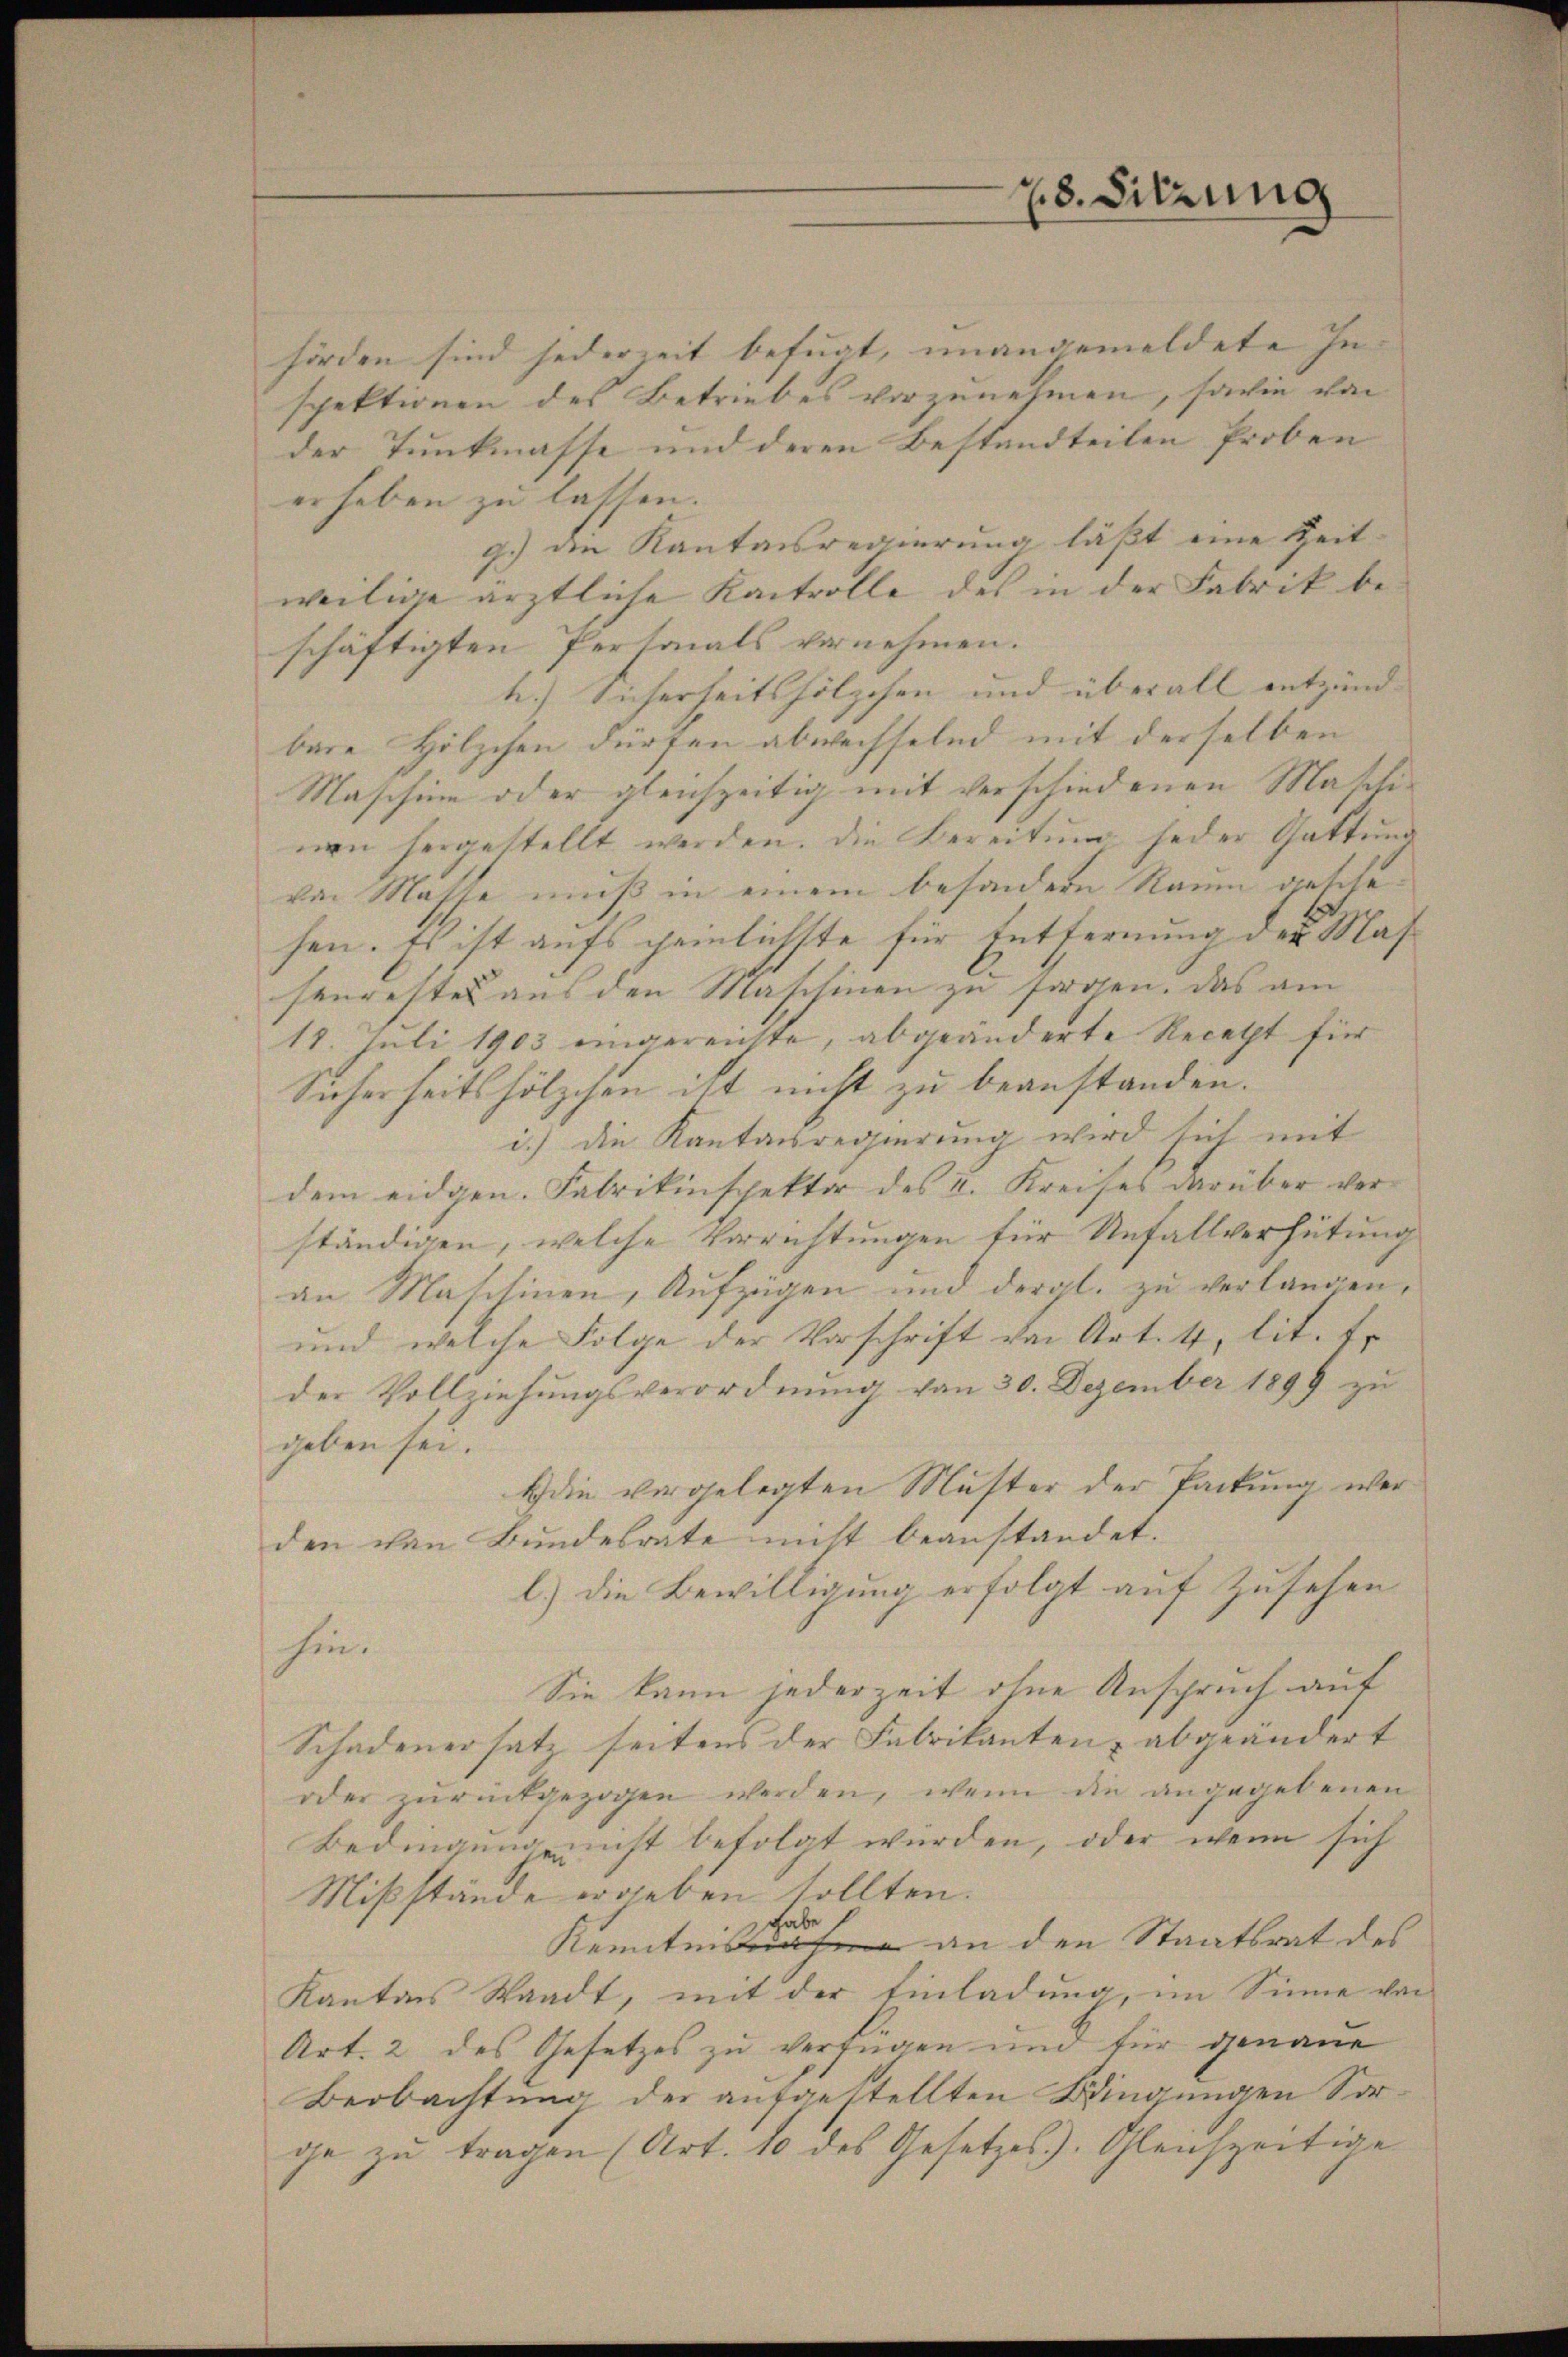
hörden sind jederzeit befugt, unangemeldete In- |
spektionen des Betriebes vorzunehmen, sowie von
der Tunkmasse und deren Bestandteiten Proben
erheben zu lassen.
g.) an Kantonsregierung läßt eine Zeit-
weilige ärztliche Kontrolle des in der Fabrik be-
schäftigten Personals vornehmen.
h.) Sicherheitshölzchen und überall entzünd-
bare Holzchen dürfen abwechselnd mit derselben
Maschine oder gleichzeitig mit verschiedenen Masili-
nen hergestellt werden. Die Bereitung jeder Gattung
von Masse muß in einem besondern Raum gesche
hen. Es ist aufs peinlichste für Entfernung der Massenrestes aus den Maschinen zu sorgen. Das am
18. Juli 1903 eingereichte, abgeänderte Recetht für
Sicherheitshölzchen ist nicht zu beanstanden.
i.) die Kantonsregierung wird sich mit
dem eidgen. Fabrikinspektor des I. Kreises darüber verständigen, welche Verrichtungen für Unfallverhütung
an Maschinen, Aufzügen und deral. zu verlangen,
und welche Folge der Vorschrift von Art. 4, lit. Er
der Vollziehungsverordnung von 30. Dezember 1899 zu
geben sei.
Edie vorgelegten Muster der Packung werden von Bundesrate nicht beanstandet.
l.) die Bewilligung erfolgt auf Zusehen
hin.
Sie kann jederzeit ohne Anspruch auf
Schadenersatz seitens der Fabrikanten, abgeändert
oder zŭrückgezogen werden, wenn die angegebenen
Bedingungen nicht befolgt wurden, oder wenn sich
Mißstände ergeben sollten.
habe
Kennt an den Staatsrat des
Kantons Staadt, mit der Einladung, im Sinne von
Art. 2 des Gesetzes zu verfügen und für genaue
Beobachtung der aufgestellten Bingungen Sorge zu tragen (Art. 10 des Gesetzes). Gleichzeitige

28. Sitzung